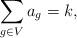
LaTeX: \begin{align*} \sum_{g \in V}a_g = k,\end{align*}